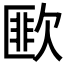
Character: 𣤆